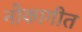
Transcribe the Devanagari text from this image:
नोकागीत